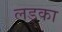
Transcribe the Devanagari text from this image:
लड्का